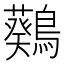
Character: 𪆴